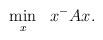
LaTeX: \begin{align*}\begin{aligned}&\min_{x}&&x^{-}Ax.\end{aligned}\end{align*}